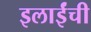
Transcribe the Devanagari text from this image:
इलाईंची